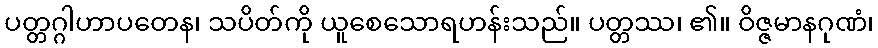
ပတ္တဂ္ဂါဟာပတေန၊ သပိတ်ကို ယူစေသောရဟန်းသည်။ ပတ္တဿ၊ ၏။ ဝိဇ္ဇမာနဂုဏံ၊